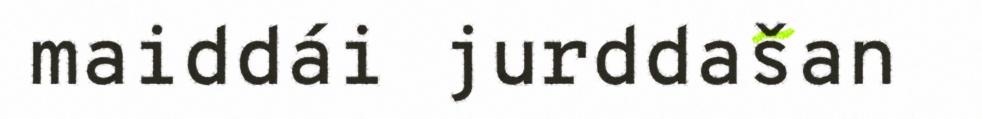
maiddái jurddašan